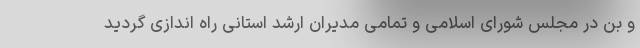
و بن در مجلس شورای اسلامی و تمامی مدیران ارشد استانی راه اندازی گردید